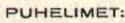
PUHELIMET: